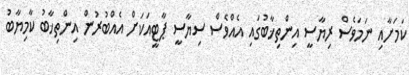
ކަމަށާއި ނަމަވެސް ރިޔާސީ އިންތިޚާބުގައި އެއްވެސް ސިޔާސީ ޕާޓީއަކަށް އެއްބުރުން އިންތިޚާބު ކާމިޔާބު